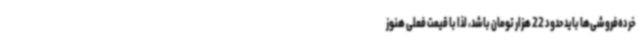
خرده‌فروشی‌ها باید حدود 22 هزار تومان باشد، لذا با قیمت فعلی هنوز